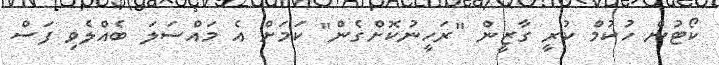
ކޯޓުން ހުކުމް ކުރީ ގާޒީން "ރަހީނުކޮށްގެން" ކަމަށް އެ މައްސަލަ ބެއްލެވި ފަސް